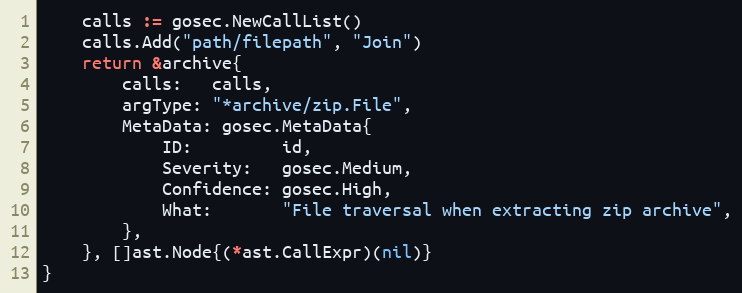
Language: Go
	calls := gosec.NewCallList()
	calls.Add("path/filepath", "Join")
	return &archive{
		calls:   calls,
		argType: "*archive/zip.File",
		MetaData: gosec.MetaData{
			ID:         id,
			Severity:   gosec.Medium,
			Confidence: gosec.High,
			What:       "File traversal when extracting zip archive",
		},
	}, []ast.Node{(*ast.CallExpr)(nil)}
}